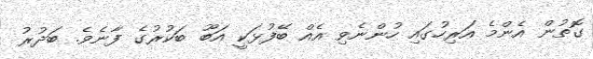
ގޮތުން އެންމެ އަރިހުގައި ހުންނެވި އެއް ބޭފުޅަކީ އަބޫ ބަކުރުގެ ފާނެވެ. ބަދުރު